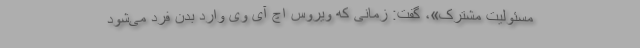
مسئولیت مشترک»، گفت: زمانی که ویروس اچ آی وی وارد بدن فرد می‌شود